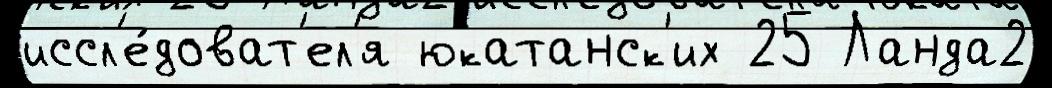
иссл'е́доват'ел'я юкатанск'их 25 Ланда2